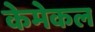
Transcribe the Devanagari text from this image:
केमेकल